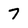
Character: 7